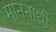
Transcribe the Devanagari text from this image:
माननाथी